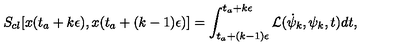
S _ { c l } [ x ( t _ { a } + k \epsilon ) , x ( t _ { a } + ( k - 1 ) \epsilon ) ] = \int _ { t _ { a } + ( k - 1 ) \epsilon } ^ { t _ { a } + k \epsilon } { \cal { L } } ( \dot { \psi } _ { k } , \psi _ { k } , t ) d t ,